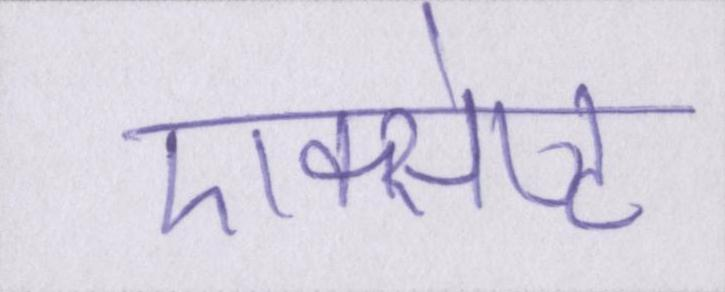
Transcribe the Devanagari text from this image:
एक्सेप्ट